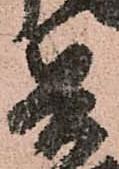
兵